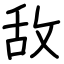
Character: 敌